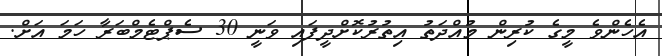
އެހެންވެ މީގެ ކުރިން މުއްދަތު އިތުރުކޮށްދީފައި ވަނީ 30 ސެޕްޓެމްބަރާ ހަމަ އަށް.